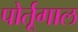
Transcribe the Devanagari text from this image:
पोर्तूगाल